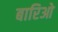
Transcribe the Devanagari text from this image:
बारिओ